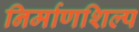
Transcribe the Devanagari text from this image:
निर्माणशिल्प